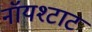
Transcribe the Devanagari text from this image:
नॉयश्टाट